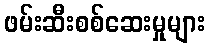
ဖမ်းဆီးစစ်ဆေးမှုများ